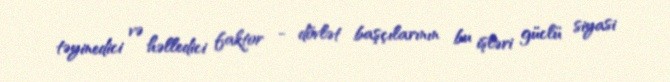
təyinedici və həlledici faktor - dövlət başçılarının bu işləri güclü siyasi